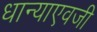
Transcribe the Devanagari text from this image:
धान्याएवजी